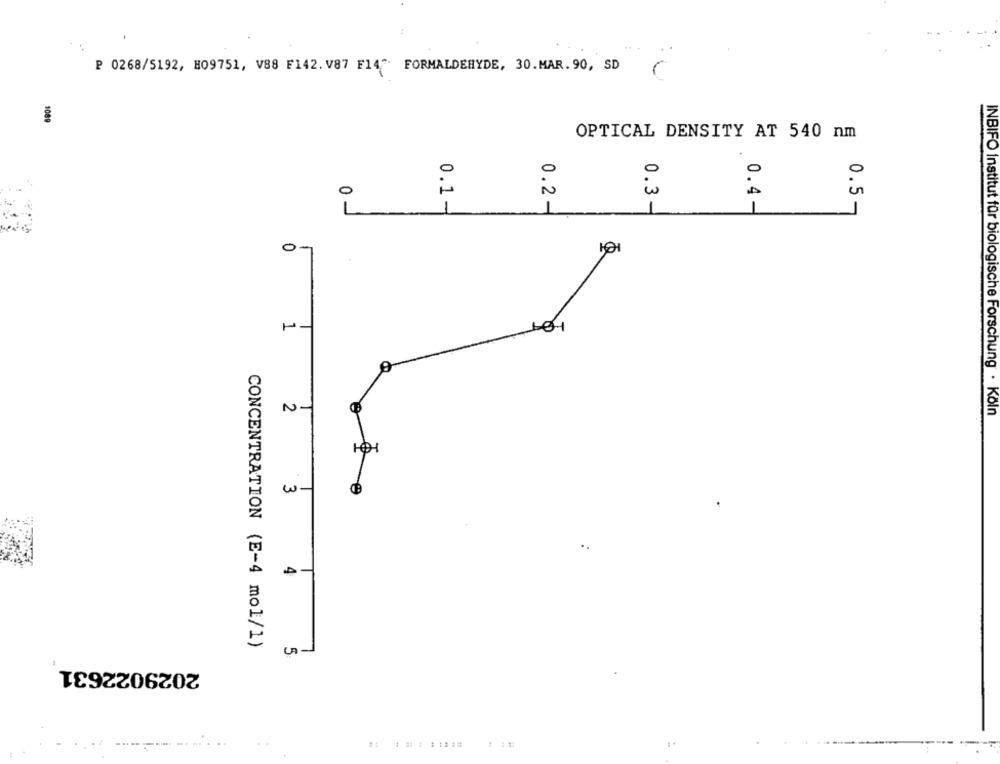
P 0268/5192, 809751, V88 F142. V87 F14" FORMALDEHYDE, 30.MAR.90, SD
1009
OPTICAL DENSITY AT 540 nm
in
0
1
1
0.1-
0.2-
0.3-
0.4-
0
101
2
INBIFO Institut für biologische Forschung . Köln
D
w-
4
CONCENTRATION (E-4 mol/1)
5
2029022631
..